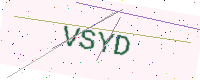
Text: VSYD